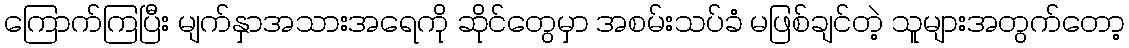
ကြောက်ကြပြီး မျက်နှာအသားအရေကို ဆိုင်တွေမှာ အစမ်းသပ်ခံ မဖြစ်ချင်တဲ့ သူများအတွက်တော့